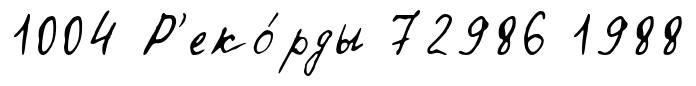
1004 Р'еко́рды 72986 1988